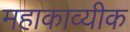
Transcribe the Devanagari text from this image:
महाकाव्यीक